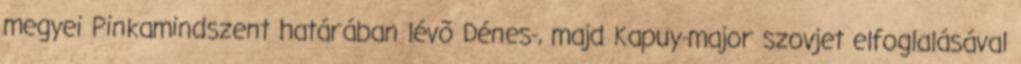
megyei Pinkamindszent határában lévõ Dénes-, majd Kapuy-major szovjet elfoglalásával